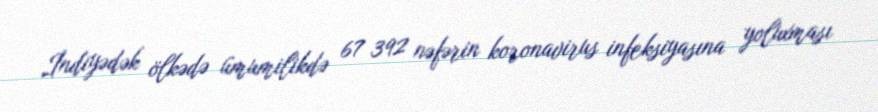
İndiyədək ölkədə ümumilikdə 67 392 nəfərin koronavirus infeksiyasına yoluxması